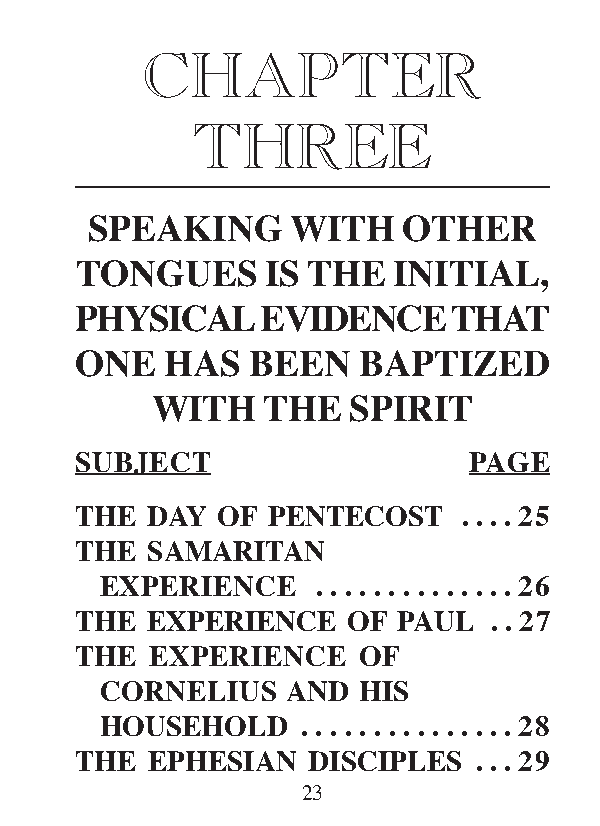
CHAPTER
 THREE
 SPEAKING     WITH    OTHER
 TONGUES      IS THE  INITIAL,
 PHYSICAL    EVIDENCE     THAT
 ONE   HAS  BEEN    BAPTIZED
 WITH   THE   SPIRIT
 SUBJECT                   PAGE
 THE  DAY OF  PENTECOST    . . . . 25
 THE  SAMARITAN
 EXPERIENCE    . . . . . . . . . . . . . . 26
 THE  EXPERIENCE   OF PAUL  . . 27
 THE  EXPERIENCE    OF
 CORNELIUS   AND  HIS
 HOUSEHOLD    . . . . . . . . . . . . . . . 28
 THE  EPHESIAN  DISCIPLES   . . . 29
 23